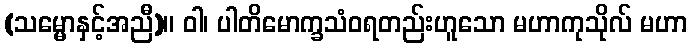
(သမ္မောနှင့်အညီ)။ ဝါ၊ ပါတိမောက္ခသံဝရတည်းဟူသော မဟာကုသိုလ် မဟာ